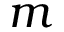
m